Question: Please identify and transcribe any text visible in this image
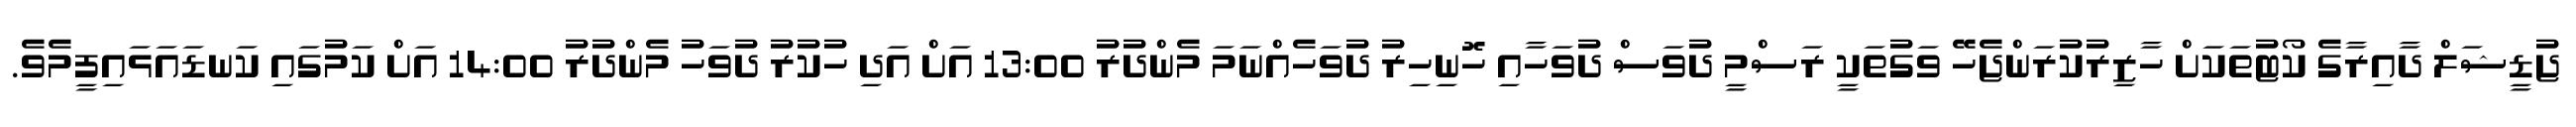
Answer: ޖުޑީޝަލް ދާއިރާގެ ކޯޓުތަކަށް ހާޒިރުކުރަންޖެހޭ ވަގުތަކީ ރަސްމީ ދުވަސް ދުވަހާއި ހޮނިހިރު ދުވަހެއްނަމަ މެންދުރު 13:00 އަށް އަދި ހުކުރު ދުވަހު މެންދުރު 14:00 އަށް ކަމުގައި ކަނޑައަޅައިފީމެވެ.